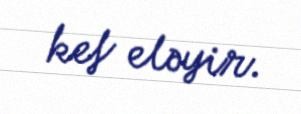
kef eləyir.